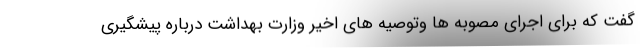
گفت که برای اجرای مصوبه ها وتوصیه های اخیر وزارت بهداشت درباره پیشگیری